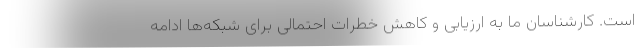
است. کارشناسان ما به ارزیابی و کاهش خطرات احتمالی برای شبکه‌ها ادامه